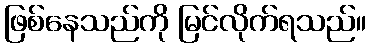
ဖြစ်နေသည်ကို မြင်လိုက်ရသည်။